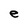
Character: e